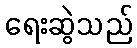
ရေးဆွဲသည်